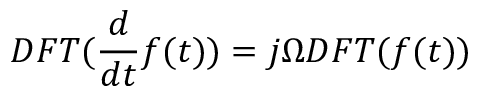
D F T ( \frac { d } { d t } f ( t ) ) = j \Omega D F T ( f ( t ) )